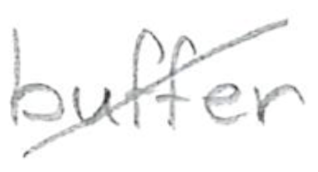
Text: buffer
Cross-out: mix
Writing tool: pencil